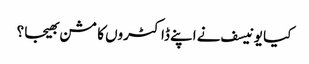
کیا یونیسف نے اپنے ڈاکٹروں کا مشن بھیجا ؟